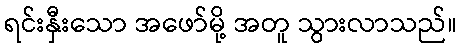
ရင်းနှီးသော အဖော်မို့ အတူ သွားလာသည်။